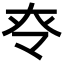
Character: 𡗪